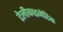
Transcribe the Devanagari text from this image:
टेलीकाइनेटिक